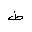
Letter: _da